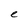
Character: e